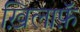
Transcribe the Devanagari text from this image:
ख़िलाफ़ॅ